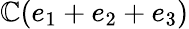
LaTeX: \mathbb{C}(e_{1}+e_{2}+e_{3})